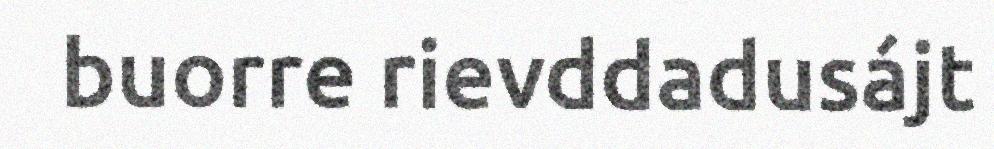
buorre rievddadusájt